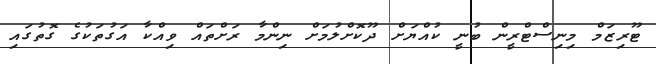
ޓޫރިޒަމް މިނިސްޓްރީން ބުނީ ކުއްޔަށް ދޫކޮށްލުމަށް ނިންމާ ރަށްތައް ވިއްކާ އަގުތަކުގެ ގޮތުގައި